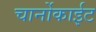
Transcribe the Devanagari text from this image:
चार्नोकाईट